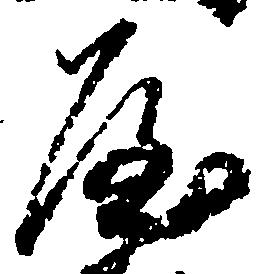
屋